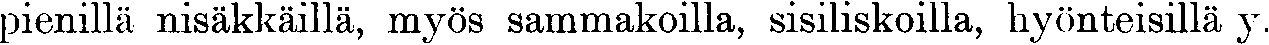
pienillä nisäkkäillä, myös sammakoilla, sisiliskoilla, hyönteisillä y.